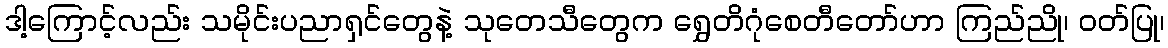
ဒါ့ကြောင့်လည်း သမိုင်းပညာရှင်တွေနဲ့ သုတေသီတွေက ရွှေတိဂုံစေတီတော်ဟာ ကြည်ညို၊ ၀တ်ပြု၊